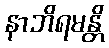
နာဘိရမန္တိ